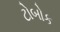
ટોબોક